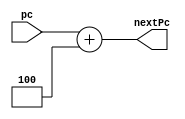
`timescale 1ns / 1ps
//////////////////////////////////////////////////////////////////////////////////
// Company: 
// Engineer: 
// 
// Design Name: 
// Module Name: pc_adder
// Project Name: 
// Target Devices: 
// Tool Versions: 
// Description: 
//              nextPc is set to pc + 4
// Dependencies: 
// 
// Revision:
// Revision 0.01 - File Created
// Additional Comments:
// 
//////////////////////////////////////////////////////////////////////////////////


module pc_adder(
    input [31:0] pc,
    output reg [31:0] nextPc
    );
    
    always @(*) begin
        nextPc <= pc + 4;
    end
endmodule